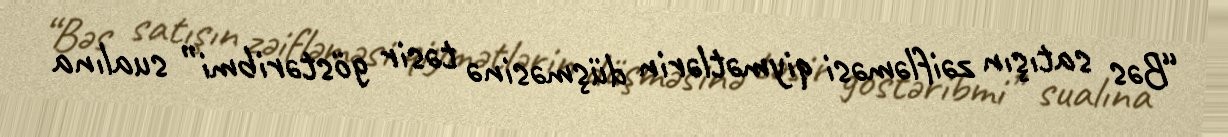
“Bəs satışın zəifləməsi qiymətlərin düşməsinə təsir göstəribmi” sualına